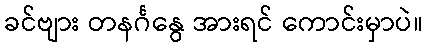
ခင်ဗျား တနင်္ဂနွေ အားရင် ကောင်းမှာပဲ။